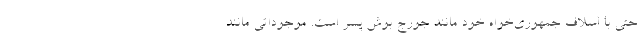
حتی با اسلاف جمهوری‌خواه خود مانند جورج بوش پسر است. موجوداتی مانند